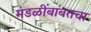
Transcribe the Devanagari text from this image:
मंडळींबाबतचा